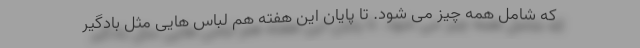
که شامل همه چیز می شود. تا پایان این هفته هم لباس هایی مثل بادگیر